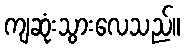
ကျဆုံးသွားလေသည်။